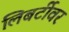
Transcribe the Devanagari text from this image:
लिबर्टीवर